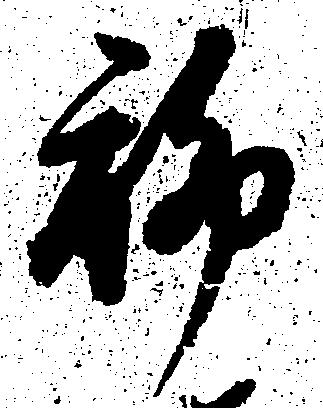
聊